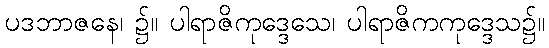
ပဒဘာဇနေ၊ ၌။ ပါရာဇိကုဒ္ဒေသေ၊ ပါရာဇိကကုဒ္ဒေသ၌။